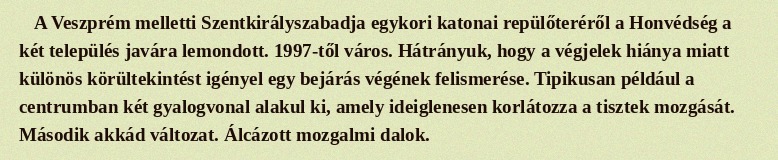
A Veszprém melletti Szentkirályszabadja egykori katonai repülőteréről a Honvédség a két település javára lemondott. 1997-től város. Hátrányuk, hogy a végjelek hiánya miatt különös körültekintést igényel egy bejárás végének felismerése. Tipikusan például a centrumban két gyalogvonal alakul ki, amely ideiglenesen korlátozza a tisztek mozgását. Második akkád változat. Álcázott mozgalmi dalok.